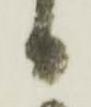
日